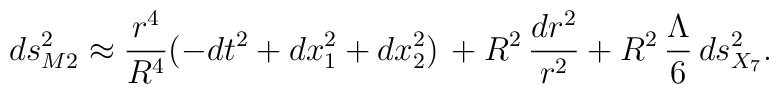
ds^2_{M2} \approx {r^{4}\over R^4}(-dt^2 + dx_1^2 +dx_2^2) \, +  R^2 \, \frac{dr^2}{r^2} + R^2 \, \frac{\Lambda}{6} \,  ds_{X_7}^2.